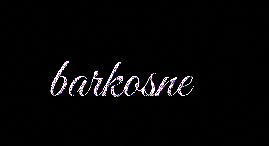
barkosne